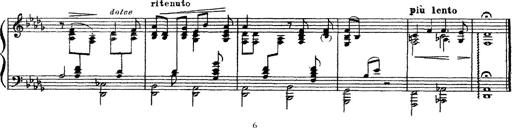
Title: 3 sonetti di Petrarca
Composer: Franz Liszt